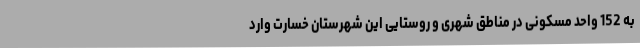
به 152 واحد مسکونی در مناطق شهری و روستایی این شهرستان خسارت وارد